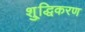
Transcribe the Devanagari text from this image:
शु्द्धिकरण